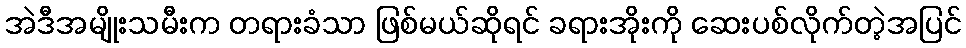
အဲဒီအမျိုးသမီးက တရားခံသာ ဖြစ်မယ်ဆိုရင် ခရားအိုးကို ဆေးပစ်လိုက်တဲ့အပြင်